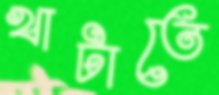
খাটাতে